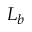
L _ { b }